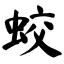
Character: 蛟